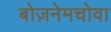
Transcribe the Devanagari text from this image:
बोज़नेमचोवा